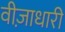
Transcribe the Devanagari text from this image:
वीज़ाधारी